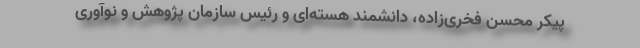
پیکر محسن فخری‌زاده، دانشمند هسته‌ای و رئیس سازمان پژوهش و نوآوری